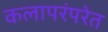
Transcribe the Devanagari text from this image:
कलापरंपरेत